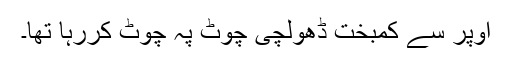
اوپر سے کمبخت ڈھولچی چوٹ پہ چوٹ کررہا تھا۔